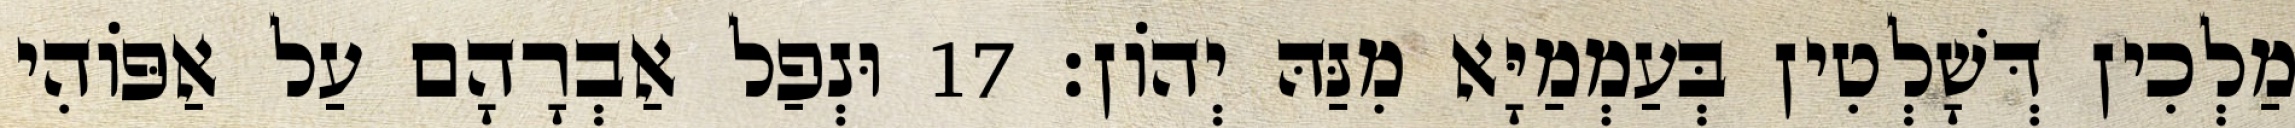
מַלְכִין דְּשָׁלְטִין בְּעַמְמַיָּא מִנַּהּ יְהוֹן׃ 17 וּנְפַל אַבְרָהָם עַל אַפּוֹהִי